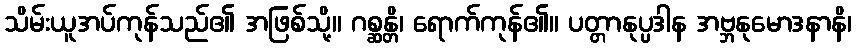
သိမ်းယူအပ်ကုန်သည်၏ အဖြစ်သို့။ ဂစ္ဆန္တိ၊ ရောက်ကုန်၏။ ပတ္တာနုပ္ပဒါန အဗ္ဘနုမောဒနာနိ၊